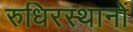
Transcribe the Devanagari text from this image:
रुधिरस्थानों